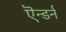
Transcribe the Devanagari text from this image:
ऎन्डर्न